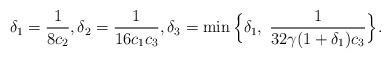
LaTeX: \begin{align*}\delta_1=\frac{1}{8c_2}, \delta_2=\frac{1}{16c_1c_3}, \delta_3=\min\Big\{\delta_1,\;\frac{1}{32\gamma (1+\delta_1)c_3}\Big\}.\end{align*}